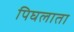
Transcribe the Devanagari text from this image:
पिघलाता